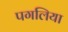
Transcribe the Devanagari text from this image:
पगलिया